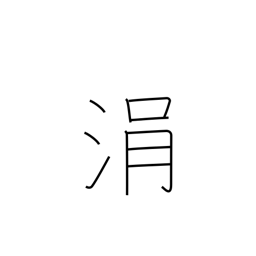
Meaning: drop